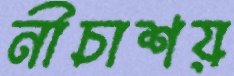
নীচাশয়